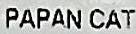
PAPAN CAT